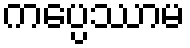
ကပ္ပေဿာမ